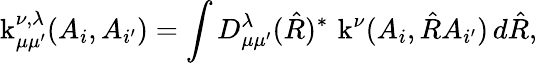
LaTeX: \operatorname{k}_{\mu\mu^{\prime}}^{\nu,\lambda}(A_{i},A_{i^{\prime}})=\int D_{\mu\mu^{\prime}}^{\lambda}(\hat{R})^{*}\, \operatorname{k}^{\nu}(A_{i},\hat{R}A_{i^{\prime}})\, d\hat{R},